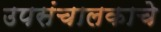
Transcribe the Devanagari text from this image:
उपसंचालकाचे